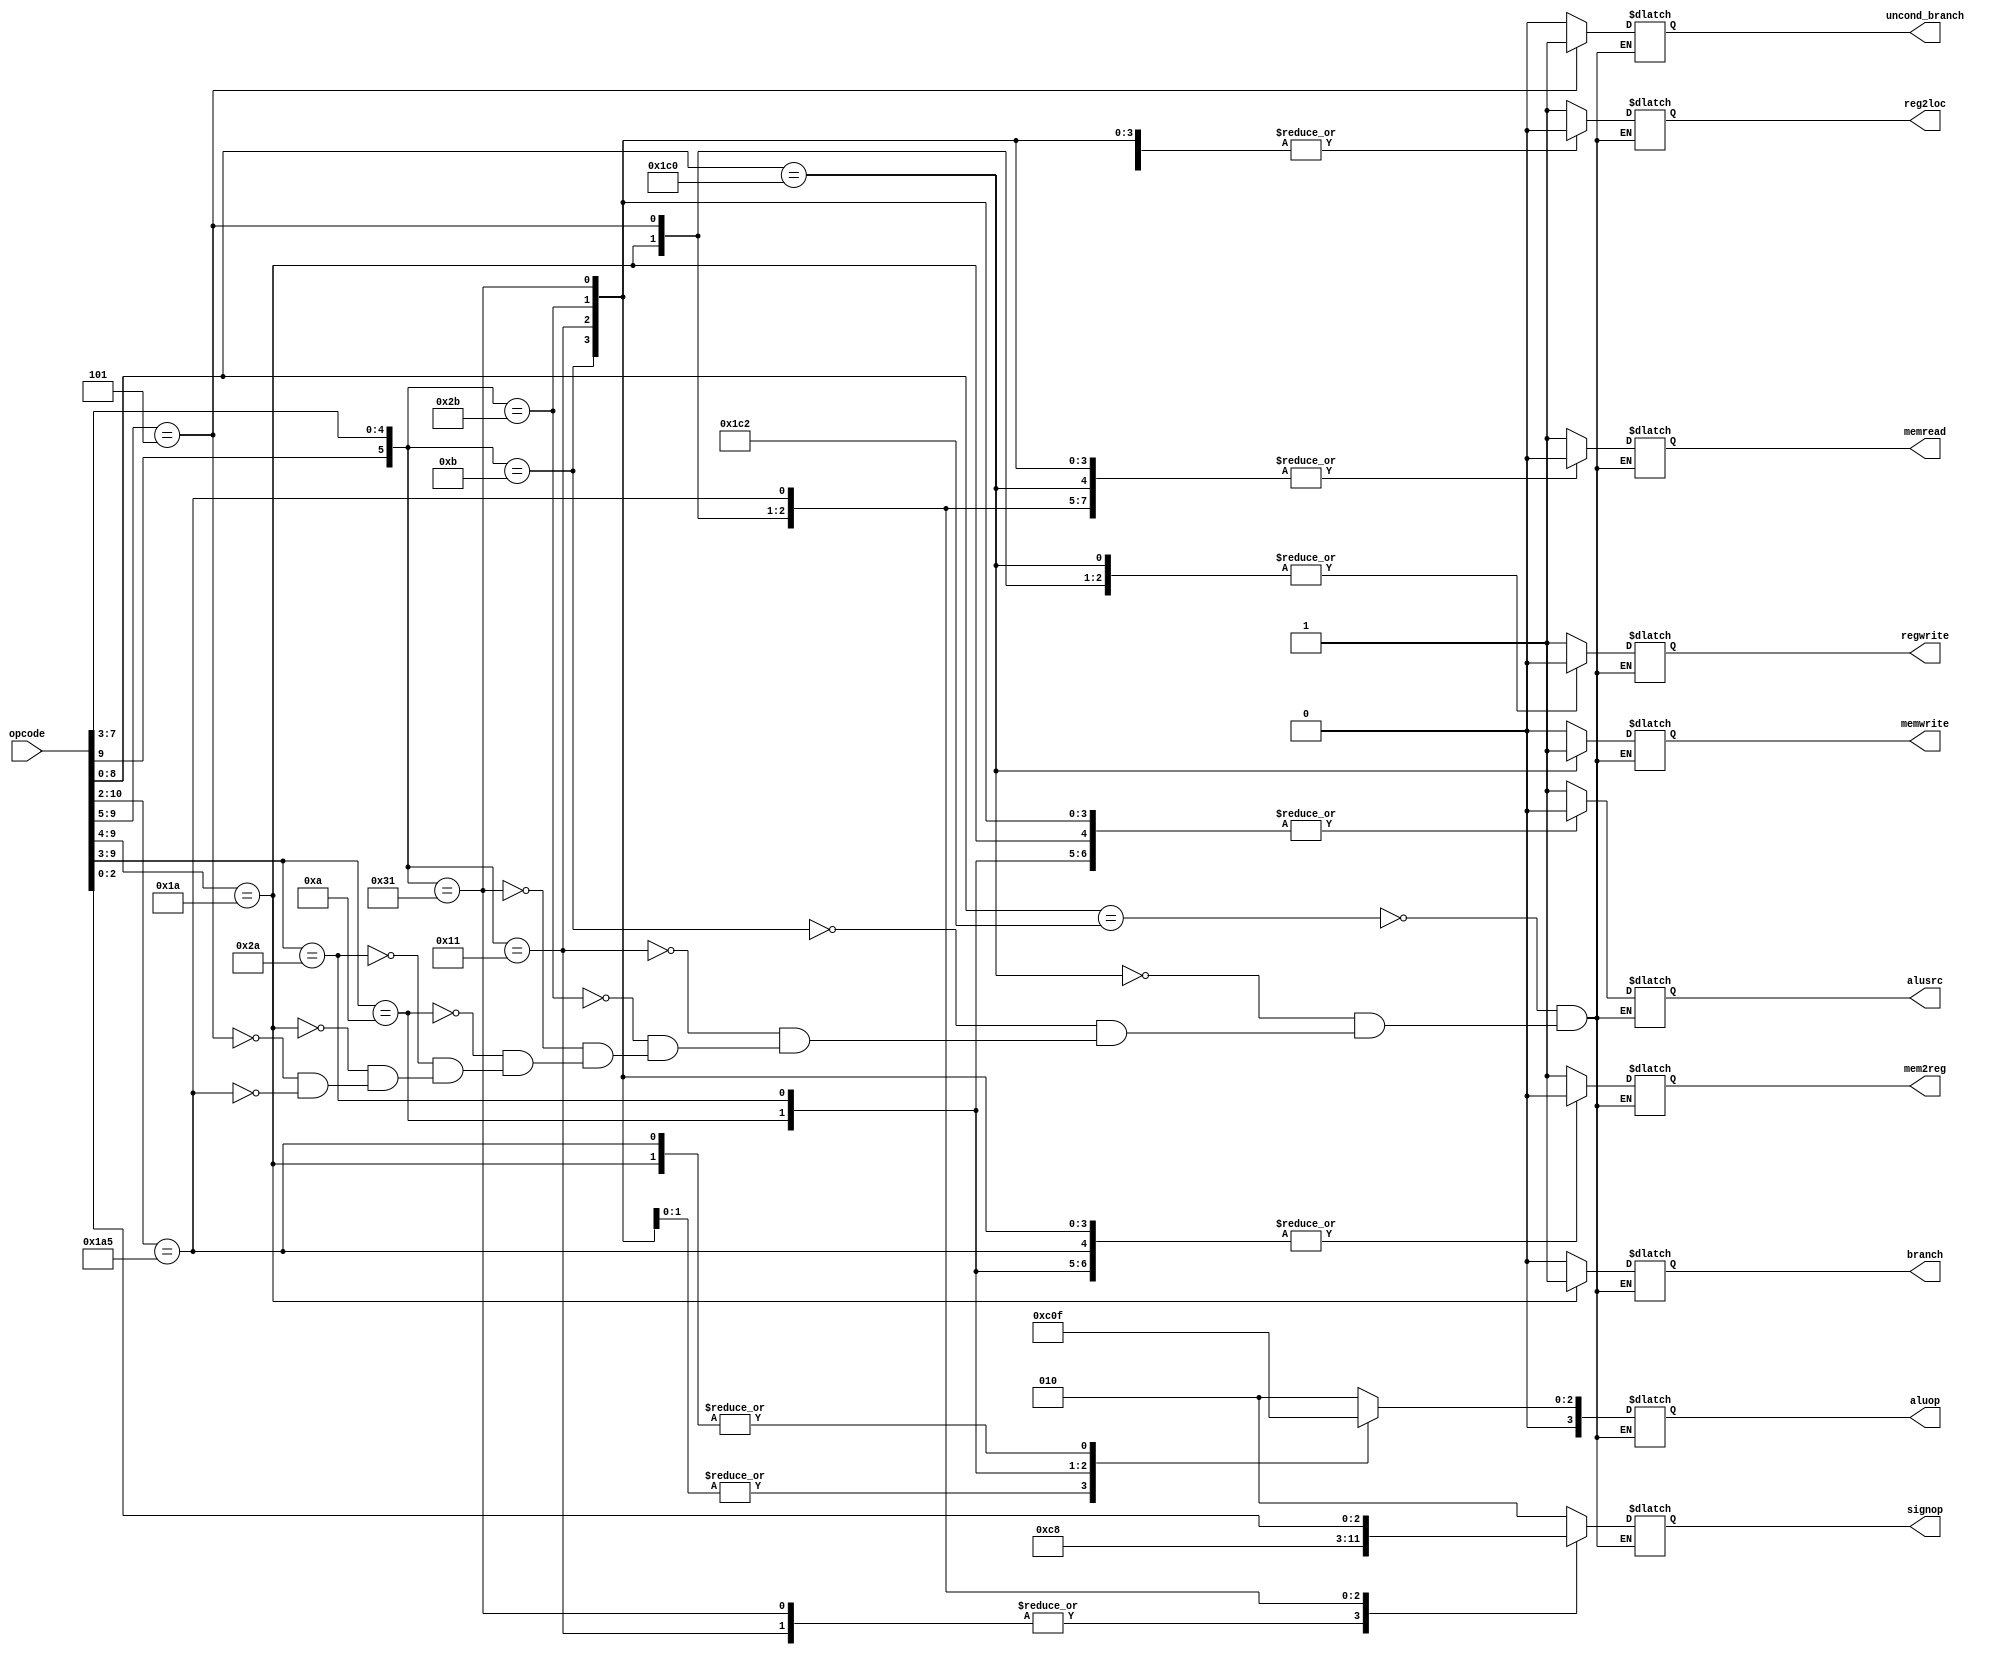
`define OPCODE_ANDREG 11'b?0001010???
`define OPCODE_ORRREG 11'b?0101010???
`define OPCODE_ADDREG 11'b?0?01011???
`define OPCODE_SUBREG 11'b?1?01011???

`define OPCODE_ADDIMM 11'b?0?10001???
`define OPCODE_SUBIMM 11'b?1?10001???

`define OPCODE_MOVZ   11'b110100101??

`define OPCODE_B      11'b?00101?????
`define OPCODE_CBZ    11'b?011010????

`define OPCODE_LDUR   11'b??111000010
`define OPCODE_STUR   11'b??111000000

module control(
	       output reg 	reg2loc,
	       output reg 	alusrc,
	       output reg 	mem2reg,
	       output reg 	regwrite,
	       output reg 	memread,
	       output reg 	memwrite,
	       output reg 	branch,
	       output reg 	uncond_branch,
	       output reg [3:0] aluop,
	       output reg [2:0] signop, // changed to be 3 bits for MOVZ
	       input [10:0] 	opcode
	       );

   always @(*)
     begin
	casez (opcode)

          /* Add cases here for each instruction your processor supports */
	 
	  `OPCODE_LDUR: // LDUR (D instruction)
	    begin
	       reg2loc       = 1'bx;
               uncond_branch = 1'b0;
               branch        = 1'b0;
               memread       = 1'b1;
               mem2reg       = 1'b1;
               memwrite      = 1'b0;
               alusrc        = 1'b1;
               regwrite      = 1'b1;
               aluop         = 4'b0010;
               signop        = 3'b010;
               $display("LDUR received");
	    end // case: `OPCODE_LDUR

	  `OPCODE_STUR: // STUR (D instruction)
	    begin
	       reg2loc       = 1'b1;
               uncond_branch = 1'b0;
               branch        = 1'b0;
               memread       = 1'b0;
               mem2reg       = 1'bx;
               memwrite      = 1'b1;
               alusrc        = 1'b1;
               regwrite      = 1'b0;
               aluop         = 4'b0010;
               signop        = 3'b010;
               $display("STUR received");
	    end // case: `OPCODE_STUR

	  `OPCODE_ADDREG: // ADDR (R instruction)
	    begin
	       reg2loc       = 1'b0;
               uncond_branch = 1'b0;
               branch        = 1'b0;
               memread       = 1'b0;
               mem2reg       = 1'b0;
               memwrite      = 1'b0;
               alusrc        = 1'b0;
               regwrite      = 1'b1;
               aluop         = 4'b0010;
               signop        = 3'bxxx;
               $display("ADDR received");
	    end // case: `OPCODE_ADDREG

	  `OPCODE_ADDIMM: // ADDI (I instruction)
	    begin
	       reg2loc       = 1'b0;
               uncond_branch = 1'b0;
               branch        = 1'b0;
               memread       = 1'b0;
               mem2reg       = 1'b0;
               memwrite      = 1'b0;
               alusrc        = 1'b0;
               regwrite      = 1'b1;
               aluop         = 4'b0010;
               signop        = 3'b011;
               $display("ADDI received");
	    end // case: `OPCODE_ADDIMM

	  `OPCODE_SUBREG: // SUBR (R instruction)
	    begin
	       reg2loc       = 1'b0;
               uncond_branch = 1'b0;
               branch        = 1'b0;
               memread       = 1'b0;
               mem2reg       = 1'b0;
               memwrite      = 1'b0;
               alusrc        = 1'b0;
               regwrite      = 1'b1;
               aluop         = 4'b0110;
               signop        = 3'bxxx;
               $display("SUBR received");
	    end // case: `OPCODE_SUBREG

	  `OPCODE_SUBIMM: // SUBI (I instruction)
	    begin
	       
	       reg2loc       = 1'b0;
               uncond_branch = 1'b0;
               branch        = 1'b0;
               memread       = 1'b0;
               mem2reg       = 1'b0;
               memwrite      = 1'b0;
               alusrc        = 1'b0;
               regwrite      = 1'b1;
               aluop         = 4'b0110;
               signop        = 3'b011;
               $display("SUBI received");
	    end // case: `OPCODE_SUBIMM

	  `OPCODE_ANDREG: // AND (R instruction)
	    begin
	       reg2loc       = 1'b0;
               uncond_branch = 1'b0;
               branch        = 1'b0;
               memread       = 1'b0;
               mem2reg       = 1'b0;
               memwrite      = 1'b0;
               alusrc        = 1'b0;
               regwrite      = 1'b1;
               aluop         = 4'b0000;
               signop        = 3'bxxx;
               $display("AND received");
	    end // case: `OPCODE_ANDREG

	  `OPCODE_ORRREG: // ORR (R instruction)
	    begin
	       reg2loc       = 1'b0;
               uncond_branch = 1'b0;
               branch        = 1'b0;
               memread       = 1'b0;
               mem2reg       = 1'b0;
               memwrite      = 1'b0;
               alusrc        = 1'b0;
               regwrite      = 1'b1;
               aluop         = 4'b0001;
               signop        = 3'bxxx;
               $display("ORR received");
	    end // case: `OPCODE_ORRREG

	  `OPCODE_CBZ: // CBZ (CBZ instruction)
	    begin
	       reg2loc       = 1'b1;
               uncond_branch = 1'b0;
               branch        = 1'b1;
               memread       = 1'b0;
               mem2reg       = 1'bx;
               memwrite      = 1'b0;
               alusrc        = 1'b0;
               regwrite      = 1'b0;
               aluop         = 4'b0111;
               signop        = 3'b001;
               $display("CBZ received");
	    end // case: `OPCODE_CBZ

	  `OPCODE_B: // B (B instruction)
	    begin
	       reg2loc       = 1'bx;
               uncond_branch = 1'b1;
               branch        = 1'bx;
               memread       = 1'b0;
               mem2reg       = 1'bx;
               memwrite      = 1'b0;
               alusrc        = 1'bx;
               regwrite      = 1'b0;
               aluop         = 4'bxxxx;
               signop        = 3'b000;
               $display("B received");
	    end // case: `OPCODE_B

	  `OPCODE_MOVZ: // MOVZ 1 (IM instruction)
	    begin
	       // IMPLEMENT:
	       reg2loc       = 1'bx;
               uncond_branch = 1'b0;
               branch        = 1'b0;
               memread       = 1'b0;
               mem2reg       = 1'b0;
               memwrite      = 1'b0;
               alusrc        = 1'b1;
               regwrite      = 1'b1;
               aluop         = 4'b0111;
               signop        = opcode[2:0]; //opcode[2:0]
               $display("MOVZ received");
	    end // case: `OPCODE_MOVZ
       
	endcase // casez (opcode)
	
     end // always @ (*)
endmodule